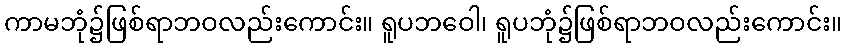
ကာမဘုံ၌ဖြစ်ရာဘဝလည်းကောင်း။ ရူပဘဝေါ၊ ရူပဘုံ၌ဖြစ်ရာဘဝလည်းကောင်း။